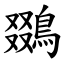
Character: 鵽